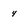
Character: 4